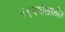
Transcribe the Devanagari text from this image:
१९वर्षाखालील